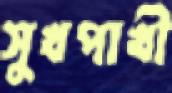
সুখপাখী